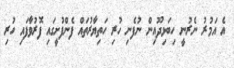
އެ އަމުރު ނެރުނީ ހިބަޅިދޫއިން ނުފެނި ހުރި ހަތިޔާރުތައް ފެންފުށީގައި ފޮރުވާފައި ހުރި